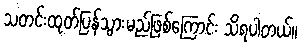
သတင်းထုတ်ပြန်သွားမည်ဖြစ်ကြောင်း သိရပါတယ်။